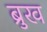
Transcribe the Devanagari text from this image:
ब्रुख